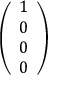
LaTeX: \left( \begin{array} { l } { 1 } \\ { 0 } \\ { 0 } \\ { 0 } \end{array} \right)